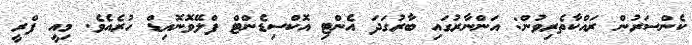
ކެންސަރުން ރައްކާތެރިވުން: އަންނާރުގައި ބާރުގަދަ އެންޓި އޮކްސިޑެންޓް ފްލޭވޮނޮއިޑް ހުރެއެވެ. މިއީ ފްރީ